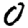
Digit: 0